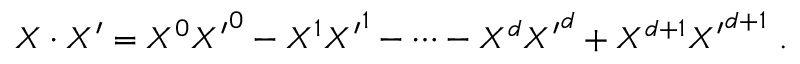
X \cdot X ^ { \prime } = { X ^ { 0 } } { X ^ { \prime } } ^ { 0 } - { X ^ { 1 } } { X ^ { \prime } } ^ { 1 } - \cdots - { X ^ { d } } { X ^ { \prime } } ^ { d } + X ^ { d + 1 } { X ^ { \prime } } ^ { d + 1 } \ .